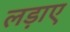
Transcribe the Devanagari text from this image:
लड़ाए